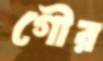
গৌর